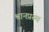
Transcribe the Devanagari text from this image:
श्वानप्रस्थ